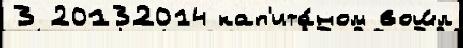
3 20132014 кап'ита́ном вош́л